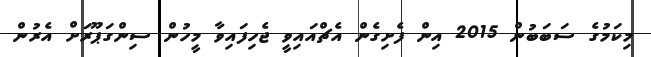
މިކަމުގެ ސަބަބުން 2015 އިން ފެށިގެން އެޗްއައިވީ ޖެހިފައިވާ މީހުން ސިންގަޕޫރަށް އެރުން